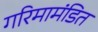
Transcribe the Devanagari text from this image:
गरिमामंडित